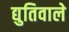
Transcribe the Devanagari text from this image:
द्युतिवाले